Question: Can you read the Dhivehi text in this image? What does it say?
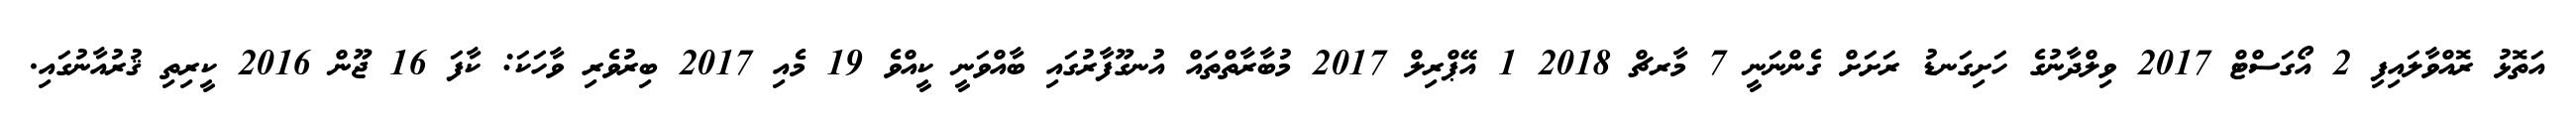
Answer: އަތޮޅު ރޮއްވާލައިފި 2 އޯގަސްޓް 2017 ވިލްދާނުގެ ހަށިގަނޑު ރަށަށް ގެންނަނީ 7 މާރޗް 2018 1 އޭޕްރިލް 2017 މުބާރާތްތައް އުނގޫފާރުގައި ބާއްވަނީ ކީއްވެ 19 މެއި 2017 ބިރުވެރި ވާހަކަ: ކާފަ 16 ޖޫން 2016 ކީރިތި ޤުރުއާނުގައި.